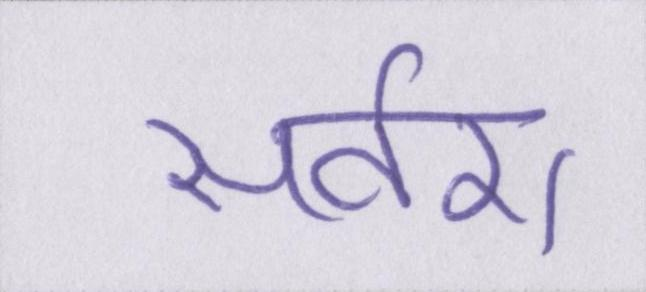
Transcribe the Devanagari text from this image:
सवेरा